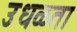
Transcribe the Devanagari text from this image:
उधळता